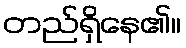
တည်ရှိနေ၏။